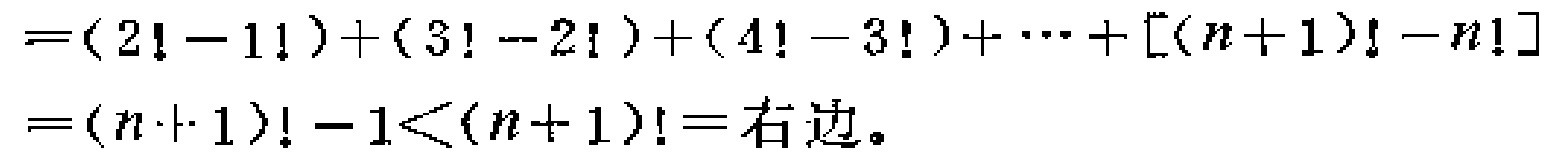
\[

\begin{align*}

&=(2! - 1!)+(3! - 2!)+(4! - 3!)+\cdots+[(n + 1)! - n!]\\

&=(n + 1)! - 1<(n + 1)!=\text{右边}。

\end{align*}

\]